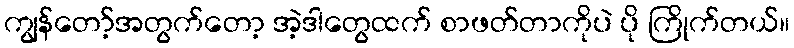
ကျွန်တော့်အတွက်တော့ အဲ့ဒါတွေထက် စာဖတ်တာကိုပဲ ပို ကြိုက်တယ်။